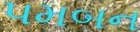
પમબન